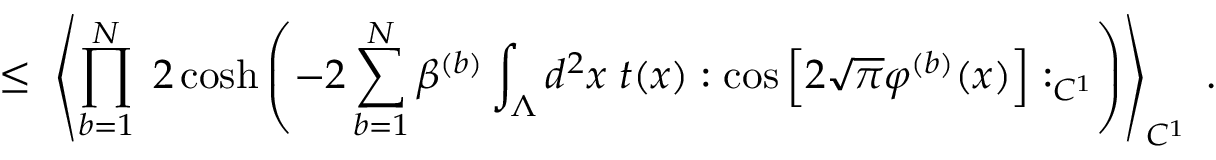
\leq \; \left\langle \prod _ { b = 1 } ^ { N } \; 2 \cosh \left( - 2 \sum _ { b = 1 } ^ { N } \beta ^ { ( b ) } \int _ { \Lambda } d ^ { 2 } x \; t ( x ) : \cos \Big [ 2 \sqrt { \pi } \varphi ^ { ( b ) } ( x ) \Big ] : _ { C ^ { 1 } } \right) \right\rangle _ { C ^ { 1 } } \; .